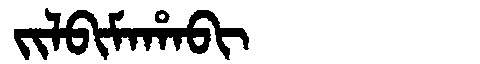
Manchu: ᠵᡳᠯᠪᡳᠮᠠᡥᠠᠪᡳ
Romanization: JILBIMAHABI